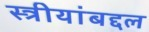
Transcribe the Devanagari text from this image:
स्त्रीयांबद्दल